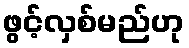
ဖွင့်လှစ်မည်ဟု